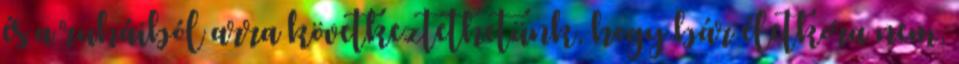
és a ruháiból arra következtethetünk, hogy bár életkora nem,